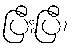
ပြီးပြီ၊